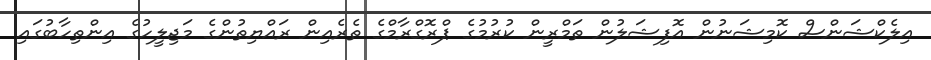
އިލެކްޝަންސް ކޮމިޝަނުން އޮފިޝަލުން ތަމްރީން ކުރުމުގެ ޕްރޮގްރާމްގެ ތެރެއިން ރައްޔިތުންގެ މަޖިލީހުގެ އިންތިހާބުގައި